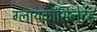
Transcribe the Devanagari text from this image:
ग्लायकॉसिलेटेड